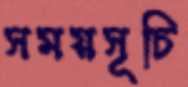
সময়সূচি